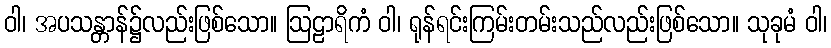
ဝါ၊ အပသန္တာန်၌လည်းဖြစ်သော။ ဩဠာရိကံ ဝါ၊ ရုန်ရင်းကြမ်းတမ်းသည်လည်းဖြစ်သော။ သုခုမံ ဝါ၊